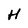
Character: H